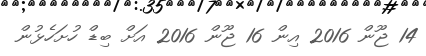
14 ޖޫން 2016 އިން 16 ޖޫން 2016 އަށް ބިޑް ހުށަހެޅުން